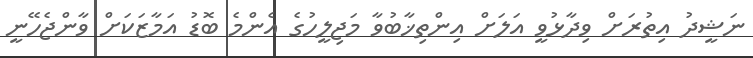
ނަޝީދު އިތުރަށް ވިދާޅުވީ އަލަށް އިންތިޚާބުވާ މަޖިލީހުގެ އެންމެ ބޮޑު އަމާޒަކަށް ވާންޖެހޭނީ